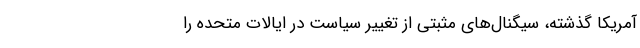
آمریکا گذشته، سیگنال‌های مثبتی از تغییر سیاست در ایالات متحده را